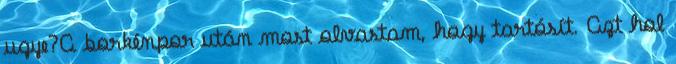
ugye?A borkénpor után most olvastam, hogy tartósít. Azt hol